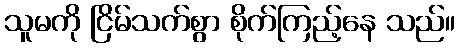
သူမကို ငြိမ်သက်စွာ စိုက်ကြည့်နေ သည်။